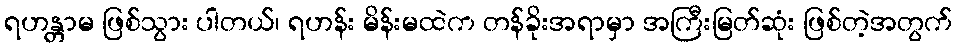
ရဟန္တာမ ဖြစ်သွား ပါတယ်၊ ရဟန်း မိန်းမထဲက တန်ခိုးအရာမှာ အကြီးမြတ်ဆုံး ဖြစ်တဲ့အတွက်